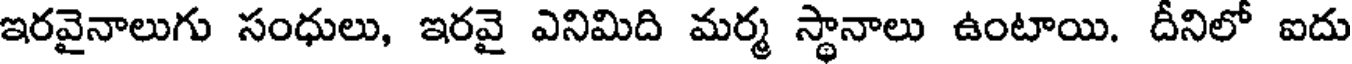
ఇరవైనాలుగు సంధులు, ఇరవై ఎనిమిది మర్మ స్థానాలు ఉంటాయి. దీనిలో ఐదు